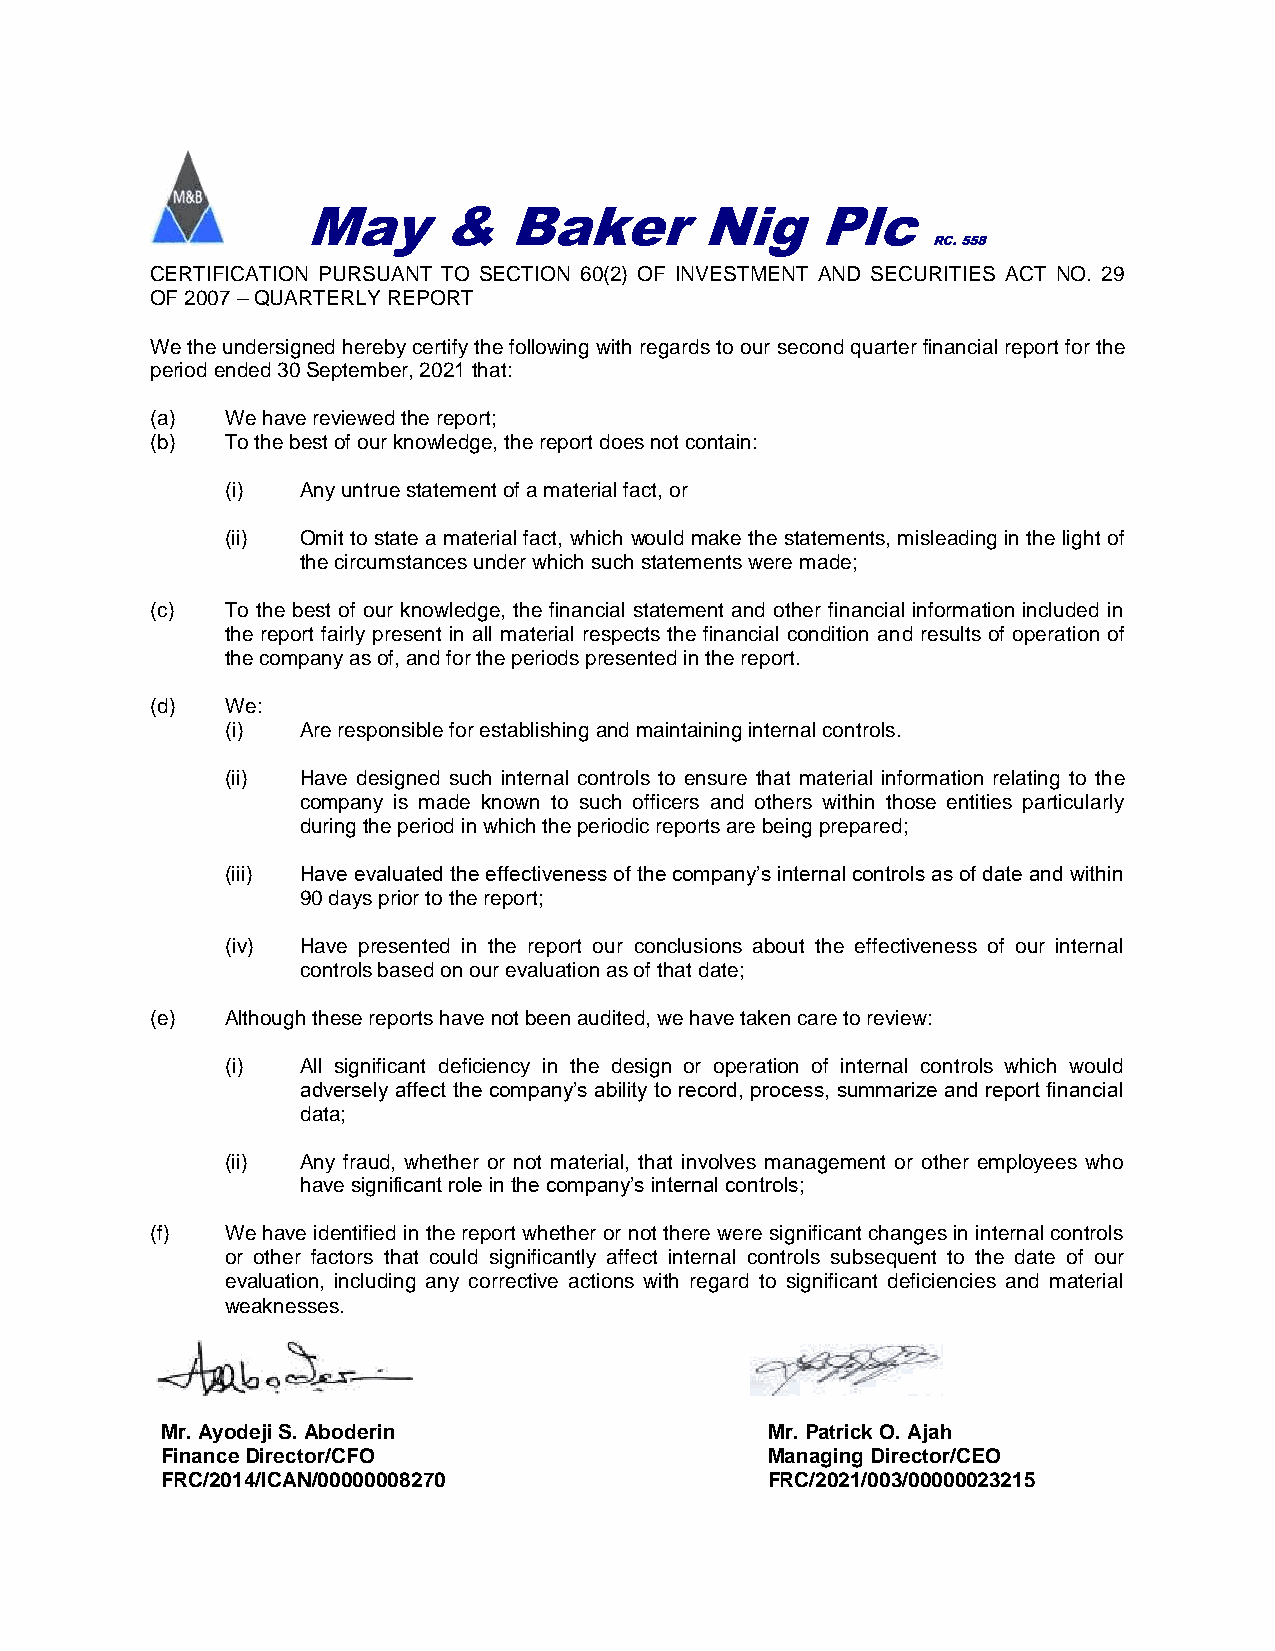
May      &    Baker       Nig     Plc
 RC. 558
 CERTIFICATION PURSUANT TO SECTION 60(2) OF INVESTMENT AND SECURITIES ACT NO. 29
 OF 2007 – QUARTERLY REPORT
 We the undersigned hereby certify the following with regards to our second quarter financial report for the
 period ended 30 September, 2021 that:
 (a)  We have reviewed the report;
 (b)  To the best of our knowledge, the report does not contain:
 (i)  Any untrue statement of a material fact, or
 (ii) Omit to state a material fact, which would make the statements, misleading in the light of
 the circumstances under which such statements were made;
 (c)  To the best of our knowledge, the financial statement and other financial information included in
 the report fairly present in all material respects the financial condition and results of operation of
 the company as of, and for the periods presented in the report.
 (d)  We:
 (i)  Are responsible for establishing and maintaining internal controls.
 (ii) Have designed such internal controls to ensure that material information relating to the
 company is made known to such officers and others within those entities particularly
 during the period in which the periodic reports are being prepared;
 (iii) Have evaluated the effectiveness of the company’s internal controls as of date and within
 90 days prior to the report;
 (iv) Have presented in the report our conclusions about the effectiveness of our internal
 controls based on our evaluation as of that date;
 (e)  Although these reports have not been audited, we have taken care to review:
 (i)  All significant deficiency in the design or operation of internal controls which would
 adversely affect the company’s ability to record, process, summarize and report financial
 data;
 (ii) Any fraud, whether or not material, that involves management or other employees who
 have significant role in the company’s internal controls;
 (f)  We have identified in the report whether or not there were significant changes in internal controls
 or other factors that could significantly affect internal controls subsequent to the date of our
 evaluation, including any corrective actions with regard to significant deficiencies and material
 weaknesses.
 Mr. Ayodeji S. Aboderin                 Mr. Patrick O. Ajah
 Finance Director/CFO                    Managing Director/CEO
 FRC/2014/ICAN/00000008270               FRC/2021/003/00000023215